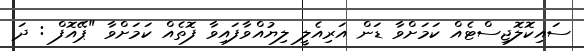
ސައިކޮލޮޖިސްޓެއް ކަމަށްވާ ޑަން އަރިއެލީ ލިޔުއްވާފައިވާ ފޮތެއް ކަމަށްވާ "ޕޭއޮފް : ދަ